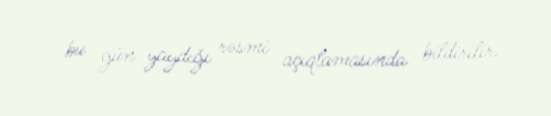
bu gün yaydığı rəsmi açıqlamasında bildirilir.